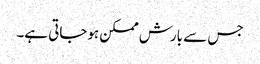
جس سے بارش ممکن ہوجاتی ہے۔